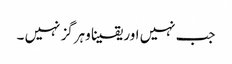
جب نہیں اور یقینا وہرگز نہیں ۔